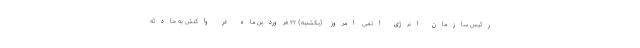
رئیس سازمان انرژی اتمی امروز (یکشنبه) ۲۲ فروردین ماه در واکنش به حادثه